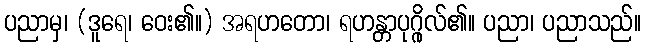
ပညာမှ၊ (ဒူရေ၊ ဝေး၏။) အရဟတော၊ ရဟန္တာပုဂ္ဂိုလ်၏။ ပညာ၊ ပညာသည်။